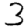
Digit: 3